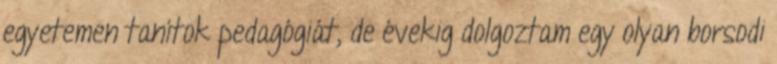
egyetemen tanítok pedagógiát, de évekig dolgoztam egy olyan borsodi